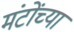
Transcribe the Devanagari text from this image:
मंटोंच्या